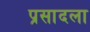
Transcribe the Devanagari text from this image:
प्रसादला